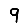
Digit: 9